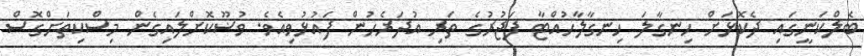
ބެލްކަނީގައި ދެކޮޅަށް ހިނގާލަ ހިނގާލާހުއްޓާ ފަޖުރުގެ ތަރި އުދަރެހުން ފައުޅުވިއެވެ. ވުޟޫކޮށްލައިގެން މިސްކިތަށްގޮސް